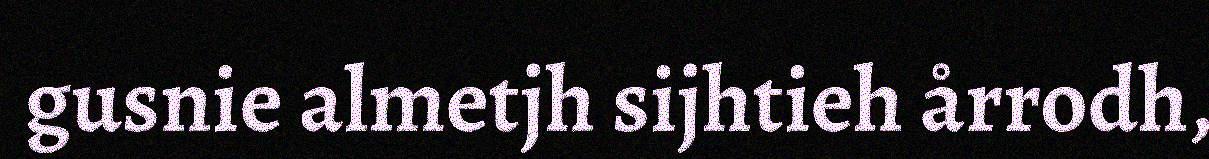
gusnie almetjh sijhtieh årrodh,